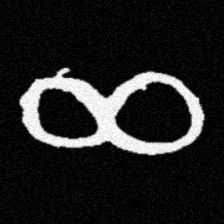
Pyu character \u2014 Myanmar letter: ဆ (romanized: cha)